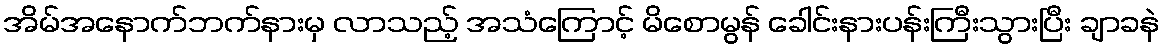
အိမ်အနောက်ဘက်နားမှ လာသည့် အသံကြောင့် မိစောမွန် ခေါင်းနားပန်းကြီးသွားပြီး ချာခနဲ